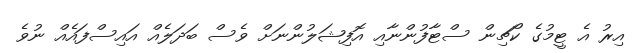
އިރު އެ ޓީމުގެ ކޯޗިން ސްޓާފުންނާއި އޮފިޝަލުންނަށް ވެސް ބަދަލެއް އައިސްފައެއް ނުވެ